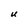
Character: U